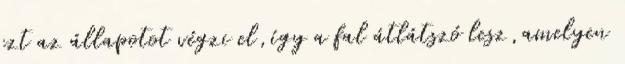
ezt az állapotot végzi el,így a fal átlátszó lesz,amelyen